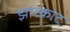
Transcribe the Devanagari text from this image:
झारकोट